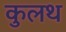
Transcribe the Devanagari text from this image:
कुलथ